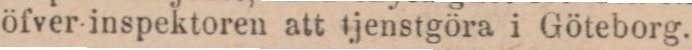
öfver inspektoren att tjenstgöra i Göteborg.